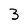
Character: 3